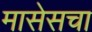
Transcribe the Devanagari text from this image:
मासेसचा